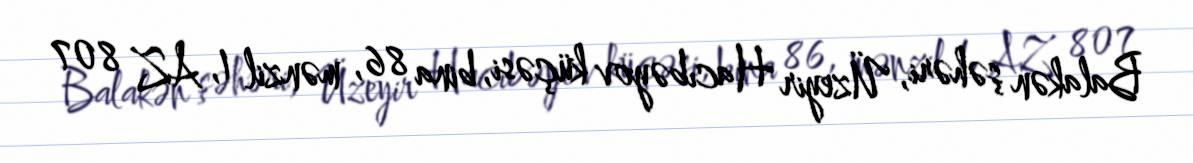
Balakən şəhəri, Üzeyir Hacıbəyov küçəsi, bina 86, mənzil 1, AZ 807